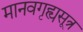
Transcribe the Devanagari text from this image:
मानवगृह्यसूत्र